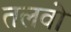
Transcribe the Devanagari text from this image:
तलवो